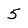
Character: 5